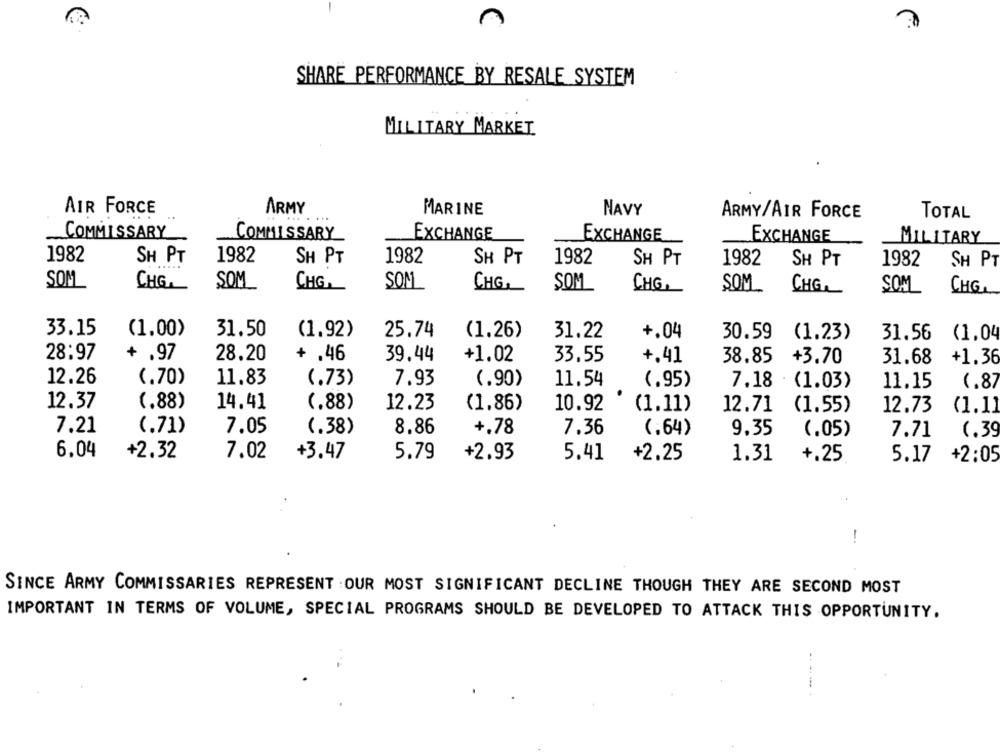
SHARE PERFORMANCE BY RESALE SYSTEM
MILITARY MARKET
.
AIR FORCE
ARMY
MARINE
NAVY
..
. ...
ARMY/AIR FORCE
TOTAL
COMMISSARY
COMMISSARY
EXCHANGE
EXCHANGE
EXCHANGE
MILITARY
1982
SH PT
1982
SH PT
1982
SH PT
1982
SH PT
1982
SH PT
1982
SH PT
SOM
CHE
SOM
CHE
SOM
CHE
SOM
CHE
SOM_
CHE
SOM
CHE
33.15
(1.00)
(1.92)
31.50
25.74
(1.26)
31.22
+.04
30.59
(1.23)
31.56
(1.04
28:97
+ .97
28.20
+ .46
39.44
+1.02
33.55
+.41
38.85
+3.70
31.68
+1.36
12.26
(.70)
11.83
(.73)
7.93
(.90)
11.54
(.95)
7.18 (1.03)
11.15
(.87
12.37
(.88)
14.41
(.88)
12.23
(1.86)
10.92
(1.11)
12.71
(1.55)
12.73
(1.11
7.21
(.71)
7.05
(.38)
8.86
+.78
(.64)
7.36
9.35
(.05)
7.71
(.39
6.04
+2.32
7.02
+3.47
5.79
+2.93
5.41
+2.25
1.31
+.25
5.17
+2:05
-.
SINCE ARMY COMMISSARIES REPRESENT : OUR MOST SIGNIFICANT DECLINE THOUGH THEY ARE SECOND MOST
IMPORTANT IN TERMS OF VOLUME, SPECIAL PROGRAMS SHOULD BE DEVELOPED TO ATTACK THIS OPPORTUNITY.
------ -